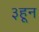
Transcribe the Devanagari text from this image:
३हून